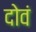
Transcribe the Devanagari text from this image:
दोवं